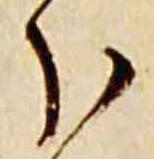
分